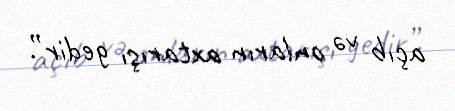
açıb və onların axtarışı gedir”.